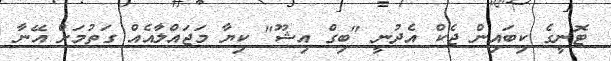
ޓޮނީގެ ކިބައިން ޖެކް އެދުނީ "ބިގް އިޝޫ" ކިޔާ މަޖައްލާއެއް ގަތުމަށް އޭނާ